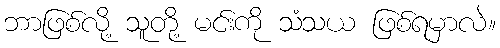
ဘာဖြစ်လို့ သူတို့ မင်းကို သံသယ ဖြစ်ရမှာလဲ။